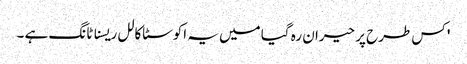
' کس طرح پر حیران رہ گیا میں یہ اکوسٹاکالل ریسناٹانگ ہے ۔